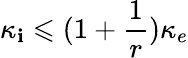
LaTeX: \kappa_{\mathbf{i}}\leqslant(1+\frac{{1}}{{r}})\kappa_{e}